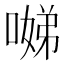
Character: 𱔃